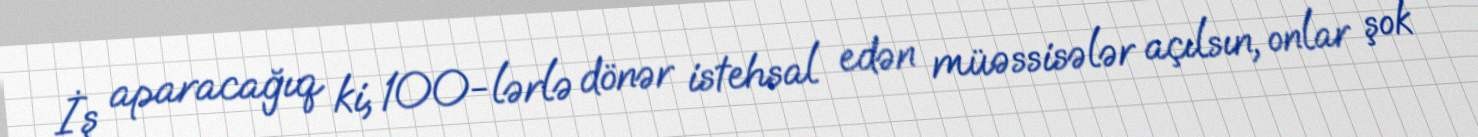
İş aparacağıq ki, 100-lərlə dönər istehsal edən müəssisələr açılsın, onlar şok